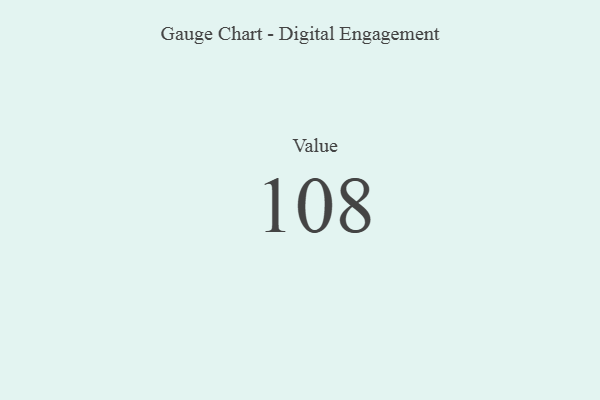
{"axis": {"x": "Metric", "y": "Value"}, "legend": [""], "data": [{"x": "Value", "y": 108, "type": ""}]}